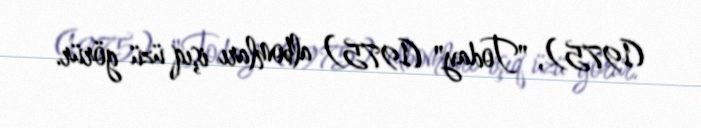
(1975), "Today" (1975) albomları işıq üzü görür.